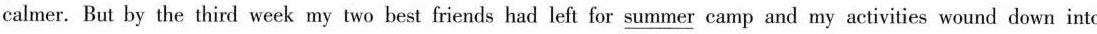
calmer. But by the third week my two best friends had left for \underline{summer} camp and my activities wound down into